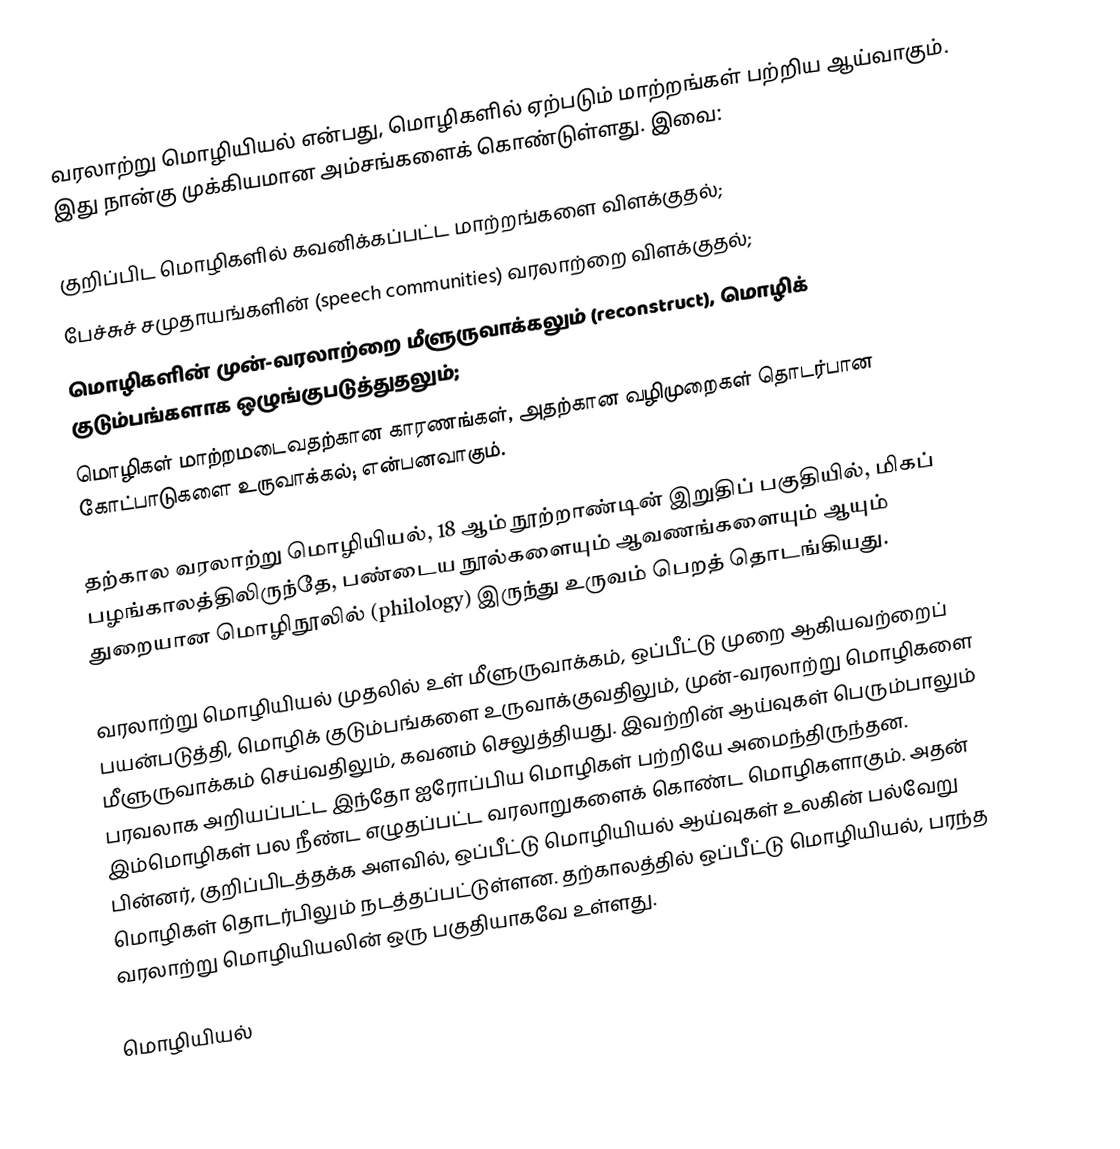
வரலாற்று மொழியியல் என்பது, மொழிகளில் ஏற்படும் மாற்றங்கள் பற்றிய ஆய்வாகும். இது நான்கு முக்கியமான அம்சங்களைக் கொண்டுள்ளது. இவை:

 குறிப்பிட மொழிகளில் கவனிக்கப்பட்ட மாற்றங்களை விளக்குதல்;
 பேச்சுச் சமுதாயங்களின் (speech communities) வரலாற்றை விளக்குதல்;
 மொழிகளின் முன்-வரலாற்றை மீளுருவாக்கலும் (reconstruct), மொழிக் குடும்பங்களாக ஒழுங்குபடுத்துதலும்;
 மொழிகள் மாற்றமடைவதற்கான காரணங்கள், அதற்கான வழிமுறைகள் தொடர்பான கோட்பாடுகளை உருவாக்கல்; என்பனவாகும்.

தற்கால வரலாற்று மொழியியல், 18 ஆம் நூற்றாண்டின் இறுதிப் பகுதியில், மிகப் பழங்காலத்திலிருந்தே, பண்டைய நூல்களையும் ஆவணங்களையும் ஆயும் துறையான மொழிநூலில் (philology) இருந்து உருவம் பெறத் தொடங்கியது.

வரலாற்று மொழியியல் முதலில் உள் மீளுருவாக்கம், ஒப்பீட்டு முறை ஆகியவற்றைப் பயன்படுத்தி, மொழிக் குடும்பங்களை உருவாக்குவதிலும், முன்-வரலாற்று மொழிகளை மீளுருவாக்கம் செய்வதிலும், கவனம் செலுத்தியது. இவற்றின் ஆய்வுகள் பெரும்பாலும் பரவலாக அறியப்பட்ட இந்தோ ஐரோப்பிய மொழிகள் பற்றியே அமைந்திருந்தன. இம்மொழிகள் பல நீண்ட எழுதப்பட்ட வரலாறுகளைக் கொண்ட மொழிகளாகும். அதன் பின்னர், குறிப்பிடத்தக்க அளவில், ஒப்பீட்டு மொழியியல் ஆய்வுகள் உலகின் பல்வேறு மொழிகள் தொடர்பிலும் நடத்தப்பட்டுள்ளன. தற்காலத்தில் ஒப்பீட்டு மொழியியல், பரந்த வரலாற்று மொழியியலின் ஒரு பகுதியாகவே உள்ளது.

மொழியியல்